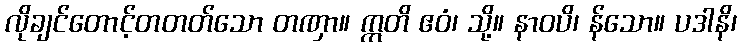
လိုချင်တောင့်တတတ်သော တဏှာ။ ဣတိ ဧဝံ၊ သို့။ နာဝပိ၊ န်သော။ ပဒါနိ၊